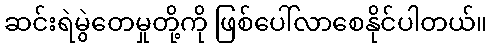
ဆင်းရဲမွဲတေမှုတို့ကို ဖြစ်ပေါ်လာစေနိုင်ပါတယ်။